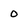
Character: 0